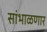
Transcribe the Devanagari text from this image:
सांभाळणार